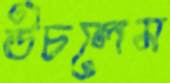
উচলেম